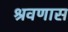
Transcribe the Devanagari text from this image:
श्रवणास